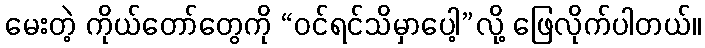
မေးတဲ့ ကိုယ်တော်တွေကို “ဝင်ရင်သိမှာပေါ့”လို့ ဖြေလိုက်ပါတယ်။